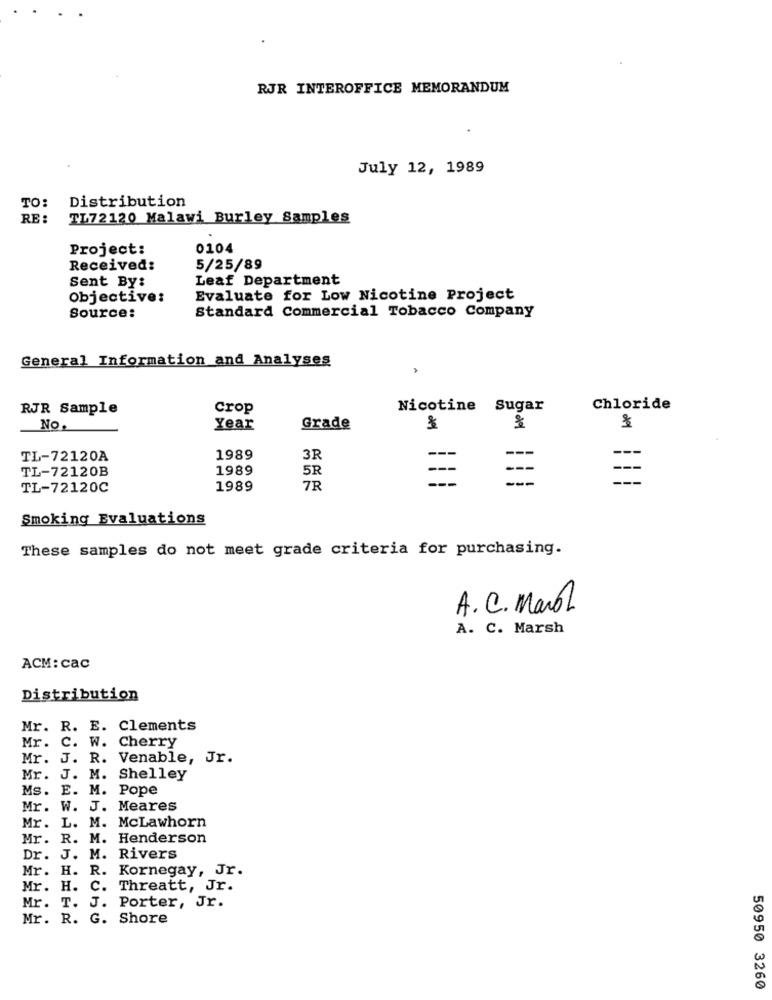
RJR INTEROFFICE MEMORANDUM
July 12, 1989
Distribution
TO:
RE :
TL72120 Malawi Burley Samples
Project:
0104
Received:
5/25/89
Sent By:
Leaf Department
Objective:
Evaluate for Low Nicotine Project
Source:
Standard Commercial Tobacco Company
General Information and Analyses
RJR Sample
Crop
Nicotine Sugar
Chloride
NO.
Year
Grade
---
TL-72120A
1989
3R
TL-72120B
1989
5R
--
---
TL-72120C
1989
7R
Smoking Evaluations
These samples do not meet grade criteria for purchasing.
A.C. Manol
A. C. Marsh
ACM: cac
Distribution
Mr. R. E. Clements
Mr. C. W. Cherry
Mr. J. R. Venable, Jr.
Mr. J. M. Shelley
Ms. E. M. Pope
Mr.
W. J. Meares
Mr. L. M. McLawhorn
Mr. R. M. Henderson
Dr. J. M. Rivers
Mr. H. R. Kornegay, Jr.
Mr. H. C. Threatt, Jr.
Mr. T. J. Porter, Jr.
Mr. R. G. Shore
50950 3260